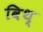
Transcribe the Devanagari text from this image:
विथ्